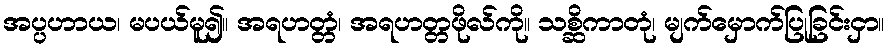
အပ္ပဟာယ၊ မပယ်မူ၍။ အရဟတ္တံ၊ အရဟတ္တဖိုလ်ကို။ သစ္ဆိကာတုံ၊ မျက်မှောက်ပြုခြင်းငှာ။